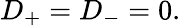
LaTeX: D_{+}=D_{-}=0.